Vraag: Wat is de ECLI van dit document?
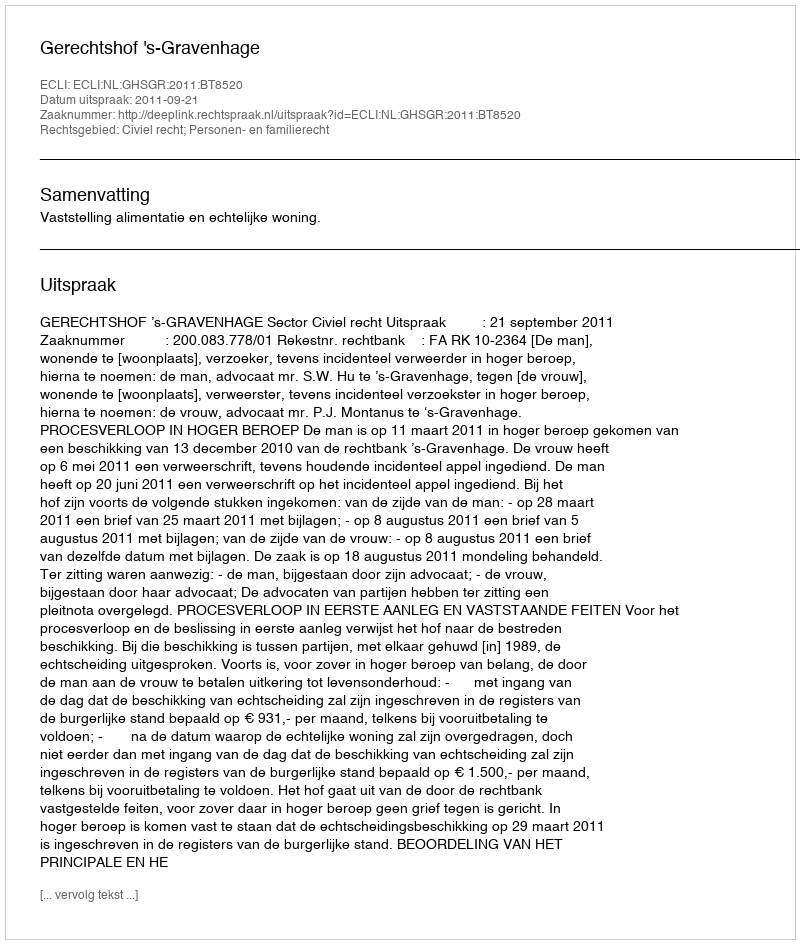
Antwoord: ECLI:NL:GHSGR:2011:BT8520